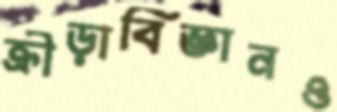
ক্রীড়াবিজ্ঞানও